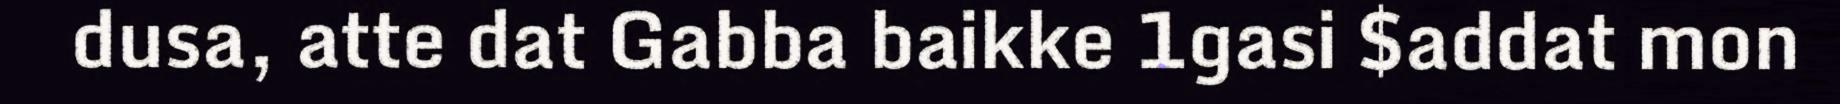
dusa, atte dat Gabba baikke 1gasi $addat mon